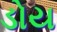
ડોય